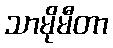
သာမိုမီတာ